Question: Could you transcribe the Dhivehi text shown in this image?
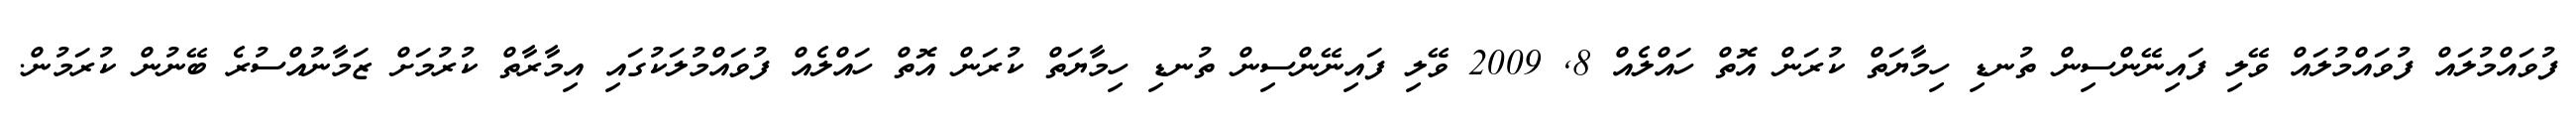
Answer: ފުވައްމުލައް ފުވައްމުލައް ވޭލި ފައިނޭންސިން ތުނޑި ހިމާޔަތް ކުރަން އޮތް ހައްލެއް 8, 2009 ވޭލި ފައިނޭންސިން ތުނޑި ހިމާޔަތް ކުރަން އޮތް ހައްލެއް ފުވައްމުލަކުގައި އިމާރާތް ކުރުމަށް ޒަމާނުއްސުރެ ބޭނުން ކުރަމުން.